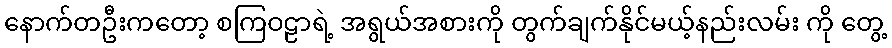
နောက်တဦးကတော့ စကြဝဠာရဲ့ အရွယ်အစားကို တွက်ချက်နိုင်မယ့်နည်းလမ်း ကို တွေ့